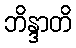
ဘိန္ဒာတိ